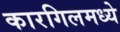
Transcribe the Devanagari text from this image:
कारगिलमध्ये